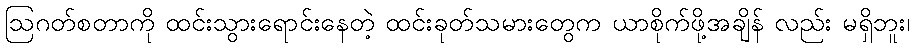
ဩဂတ်စတာကို ထင်းသွားရောင်းနေတဲ့ ထင်းခုတ်သမားတွေက ယာစိုက်ဖို့အချိန် လည်း မရှိဘူး၊